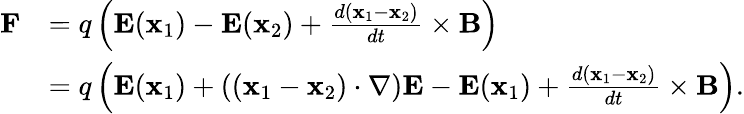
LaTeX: {\begin{array}{rl}{\mathbf{F}}&{=q\left(\mathbf{E}(\mathbf{x}_{1})-\mathbf{E}(\mathbf{x}_{2})+{\frac{d(\mathbf{x}_{1}-\mathbf{x}_{2})}{dt}}\times\mathbf{B}\right)}\\ &{=q\left(\mathbf{E}(\mathbf{x}_{1})+\left((\mathbf{x}_{1}-\mathbf{x}_{2})\cdot\nabla\right)\mathbf{E}-\mathbf{E}(\mathbf{x}_{1})+{\frac{d(\mathbf{x}_{1}-\mathbf{x}_{2})}{dt}}\times\mathbf{B}\right).}\end{array}}